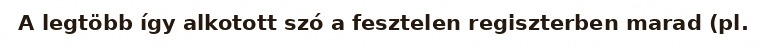
A legtöbb így alkotott szó a fesztelen regiszterben marad (pl.